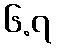
၆.၇